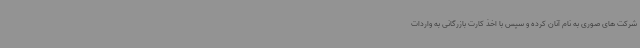
شرکت های صوری به نام آنان کرده و سپس با اخذ کارت بازرگانی به واردات